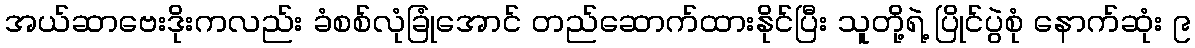
အယ်ဆာဗေးဒိုးကလည်း ခံစစ်လုံခြုံအောင် တည်ဆောက်ထားနိုင်ပြီး သူတို့ရဲ့ ပြိုင်ပွဲစုံ နောက်ဆုံး ၉